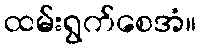
ထမ်းရွက်စေအံ။